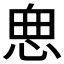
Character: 𱞜